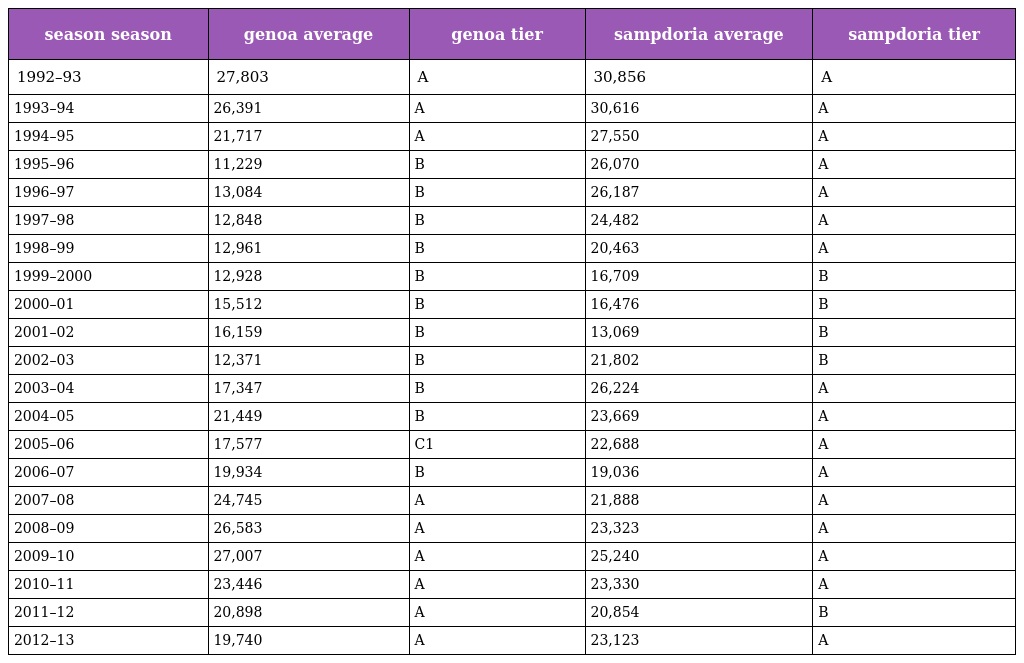
| season season | genoa average | genoa tier | sampdoria average | sampdoria tier |
 | --- | --- | --- | --- | --- |
 | 1992–93 | 27,803 | A | 30,856 | A |
 | 1993–94 | 26,391 | A | 30,616 | A |
 | 1994–95 | 21,717 | A | 27,550 | A |
 | 1995–96 | 11,229 | B | 26,070 | A |
 | 1996–97 | 13,084 | B | 26,187 | A |
 | 1997–98 | 12,848 | B | 24,482 | A |
 | 1998–99 | 12,961 | B | 20,463 | A |
 | 1999–2000 | 12,928 | B | 16,709 | B |
 | 2000–01 | 15,512 | B | 16,476 | B |
 | 2001–02 | 16,159 | B | 13,069 | B |
 | 2002–03 | 12,371 | B | 21,802 | B |
 | 2003–04 | 17,347 | B | 26,224 | A |
 | 2004–05 | 21,449 | B | 23,669 | A |
 | 2005–06 | 17,577 | C1 | 22,688 | A |
 | 2006–07 | 19,934 | B | 19,036 | A |
 | 2007–08 | 24,745 | A | 21,888 | A |
 | 2008–09 | 26,583 | A | 23,323 | A |
 | 2009–10 | 27,007 | A | 25,240 | A |
 | 2010–11 | 23,446 | A | 23,330 | A |
 | 2011–12 | 20,898 | A | 20,854 | B |
 | 2012–13 | 19,740 | A | 23,123 | A |